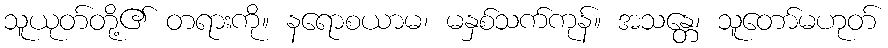
သူယုတ်တို့၏ တရားကို။ နရောစယာမ၊ မနှစ်သက်ကုန်။ အသန္တေ၊ သူတော်မဟုတ်